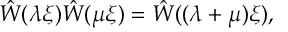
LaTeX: \hat { W } ( \lambda \xi ) \hat { W } ( \mu \xi ) = \hat { W } ( ( \lambda + \mu ) \xi ) ,